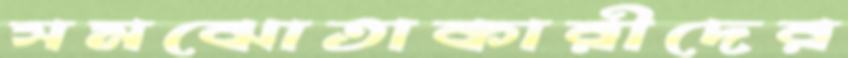
সমঝোতাকারীদের